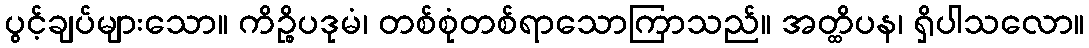
ပွင့်ချပ်များသော။ ကိဉ္စိပဒုမံ၊ တစ်စုံတစ်ရာသောကြာသည်။ အတ္ထိပန၊ ရှိပါသလော။